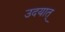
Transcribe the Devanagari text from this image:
उदयात्‌